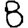
Digit: 8